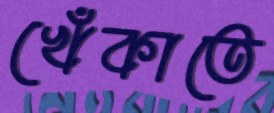
খেঁকাতে